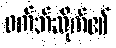
ဝက်ဘ်ဆိုက်၏